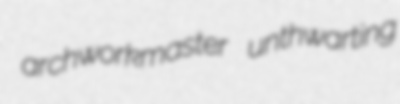
archworkmaster unthwarting